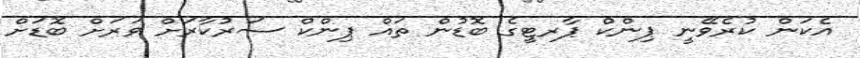
އެކަން ކުރެވޭނީ ޕިންކް ޕާރޓީގެ ބޮޑުން ތައް ޕިންކް ސަރުކާރަށް ވަރަށް ބޮޑަށް